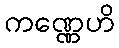
ကဏ္ဏေဟိ